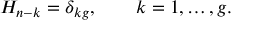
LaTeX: H _ { n - k } = \delta _ { k g } , \qquad k = 1 , \ldots , g .